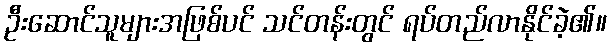
ဦးဆောင်သူများအဖြစ်ပင် သင်တန်းတွင် ရပ်တည်လာနိုင်ခဲ့၏။